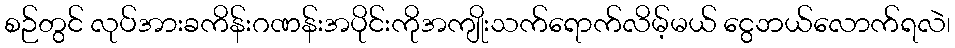
စဉ်တွင် လုပ်အားခကိန်းဂဏန်းအပိုင်းကိုအကျိုးသက်ရောက်လိမ့်မယ် ငွေဘယ်လောက်ရလဲ၊